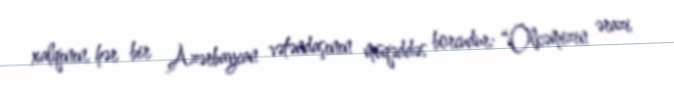
xalqının, hər bir Azərbaycan vətəndaşının müqəddəs borcudur: “Ölkəmizin ərazi